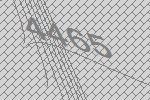
4465